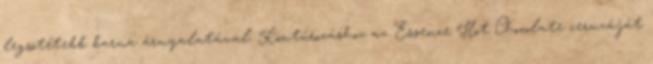
legsötétebb barna árnyalatával. Kontúrozáshoz az Essence Hot Chocolate ceruzáját